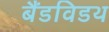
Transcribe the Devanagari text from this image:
बैंडविडथ